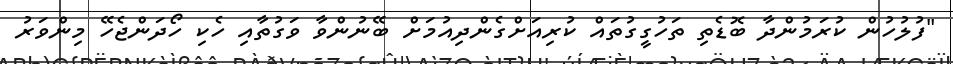
"ފުލުހުން ކުރަމުންދާ ބޮޑެތި ތަހުގީގުތައް ކުރިއަށްގެންދިއުމަށް ބޭނުންވާ ވަގުތާއި ހެކި ހޯދަންޖެހޭ މިންވަރު